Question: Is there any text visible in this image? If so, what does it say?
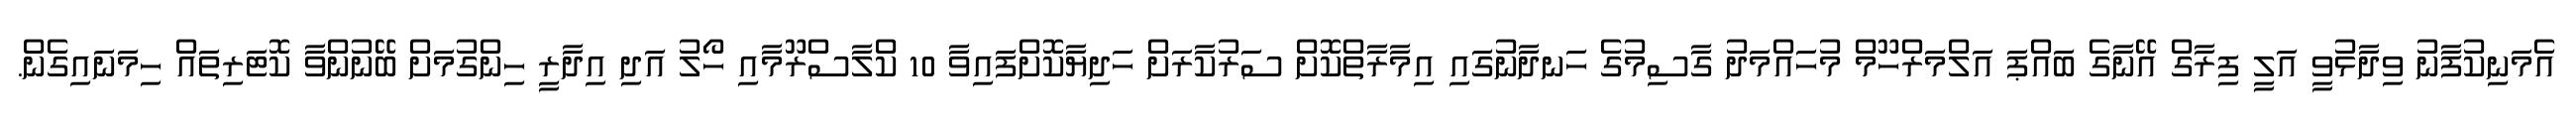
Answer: އެމަނިކުފާނު ވިދާޅުވީ އަލީ ފިރާގް އޭނާގެ ބައްޕަ އަލްމަރްހޫމް މުހައްމަދު ގާސިމުގެ ހަނދާނުގައި އިމާރާތްކޮށް ސަރުކާރަށް ހަދިޔާކޮށްފައިވާ 10 ކްލާސްރޫމާއި ހޯލު އަދި އިދާރީ ހިންގުމަށް ބޭނުންވާ ކޮޓަރިތައް ހިމަނައިގެން.